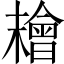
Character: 𣞄